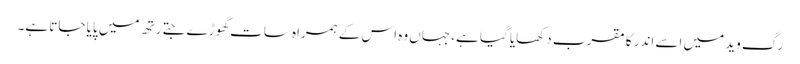
رگ وید میں اسے اندر کا مقرب دکھایا گیا ہے، جہاں وہ اس کے ہمراہ سات گھوڑے جتے رتھ میں پایا جاتا ہے۔